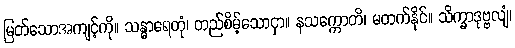
မြတ်သောအကျင့်ကို။ သန္ဓာရေတုံ၊ တည်စိမ့်သောငှာ။ နသက္ကောတိ၊ မတက်နိုင်။ သိက္ခာဒုဗ္ဗလျံ၊